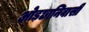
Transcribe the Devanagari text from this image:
ओड़छानिवासी